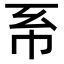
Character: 𢁴